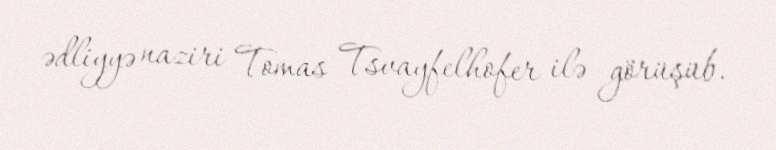
ədliyyə naziri Tomas Tsvayfelhofer ilə görüşüb.